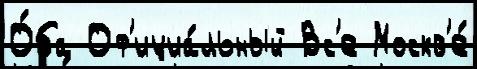
О́ба Оф'ициа́льный Вс'е Москв'е́